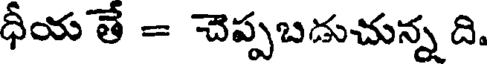
ధీయ తే = చెప్పబడుచున్న ది.